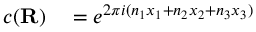
\begin{array} { r l } { c ( \mathbf { R } ) } & { { } = e ^ { 2 \pi i ( n _ { 1 } x _ { 1 } + n _ { 2 } x _ { 2 } + n _ { 3 } x _ { 3 } ) } } \end{array}